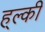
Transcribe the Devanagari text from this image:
ह्ल्की